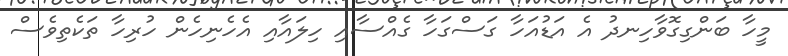
މީހާ ބަންގިގޮވާހިނދު އެ އަޑުއަހާ ގަސްގަހާ ގެއްސާއި ހިލައާއި އެހެނިހެން ހުރިހާ ތަކެތިވެސް